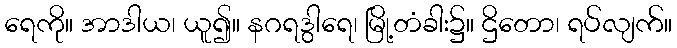
ရေကို။ အာဒါယ၊ ယူ၍။ နဂရဒွါရေ၊ မြို့တံခါး၌။ ဌိတော၊ ရပ်လျက်။